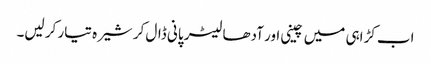
اب کڑاہی میں چینی اور آدھا لیٹر پانی ڈال کر شیرہ تیار کر لیں۔